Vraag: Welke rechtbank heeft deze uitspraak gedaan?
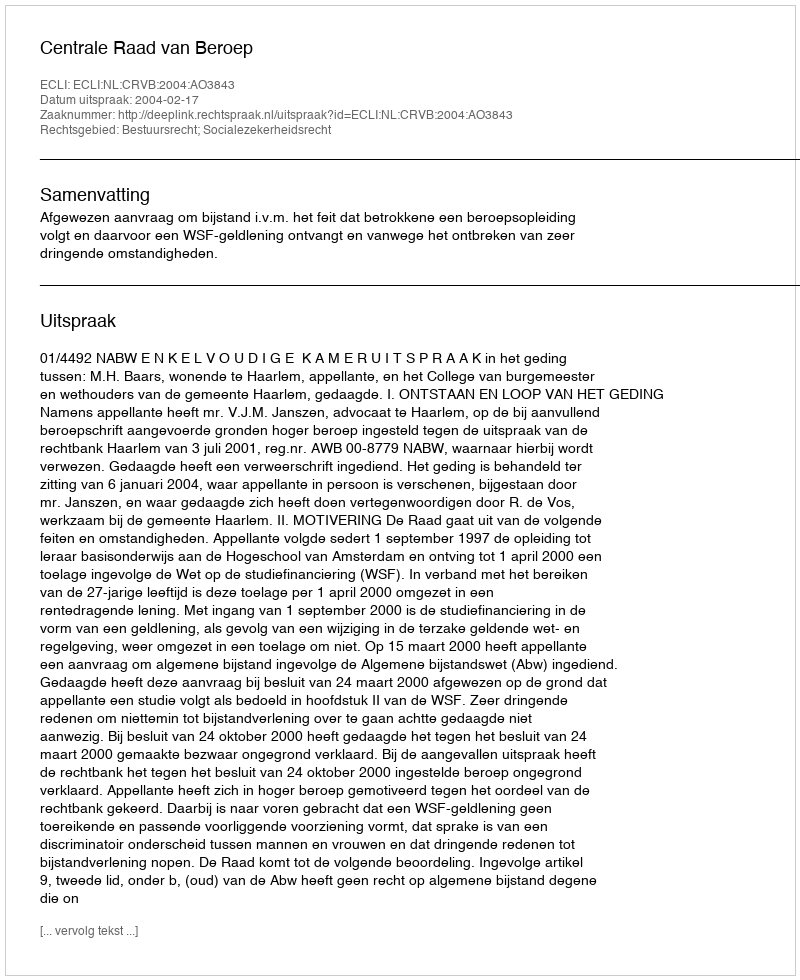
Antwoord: Centrale Raad van Beroep